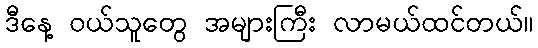
ဒီနေ့ ဝယ်သူတွေ အများကြီး လာမယ်ထင်တယ်။